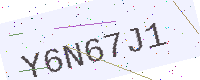
Text: Y6N67J1